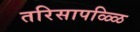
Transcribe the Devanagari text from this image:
तरिसापळ्ळि